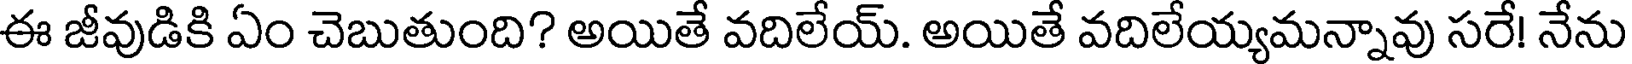
ఈ జీవుడికి ఏం చెబుతుంది? అయితే వదిలేయ్. అయితే వదిలేయ్యమన్నావు సరే! నేను